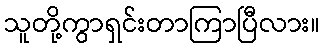
သူတို့ကွာရှင်းတာကြာပြီလား။